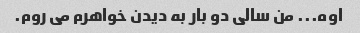
اوه... من سالی دو بار به دیدن خواهرم می روم.